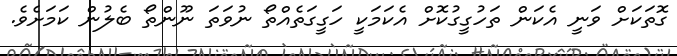
ގޮތަކަށް ވަނީ އެކަން ތަހުގީގުކޮށް އެކަމަކީ ހަގީގަތެއްތޯ ނުވަތަ ނޫންތޯ ބެލުން ކަމަށެވެ.